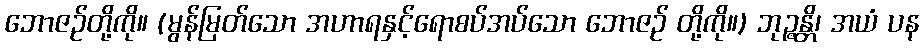
ဘောဇဉ်တို့ကို။ (မွန်မြတ်သော အဟာရနှင့်ရောစပ်အပ်သော ဘောဇဉ် တို့ကို။) ဘုဉ္ဇန္တိ၊ အယံ ပန